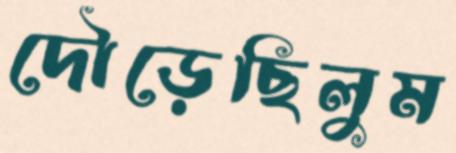
দৌড়েছিলুম